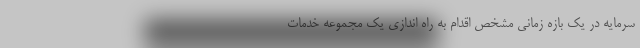
سرمایه در یک بازه زمانی مشخص اقدام به راه اندازی یک مجموعه خدمات